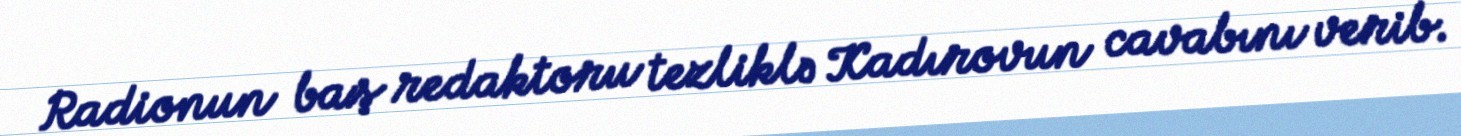
Radionun baş redaktoru tezliklə Kadırovun cavabını verib.